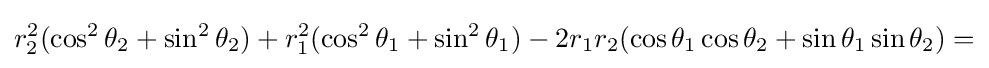
r_{2}^{2}(\cos ^{2}\theta _{2}+\sin ^{2}\theta _{2})+r_{1}^{2}(\cos ^{2}\theta _{1}+\sin ^{2}\theta _{1})-2r_{1}r_{2}(\cos \theta _{1}\cos \theta _{2}+\sin \theta _{1}\sin \theta _{2})=